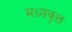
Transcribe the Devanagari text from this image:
मध्यवृत्त